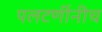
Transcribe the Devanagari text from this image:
पलटणींनीच